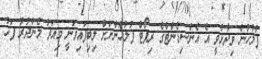
ފުލުހުން ވިދާޅުވީ އެ އެންސިޑެންޓްގެ ރިޕޯޓް ފުލުހުންނަށް ލިބިފައިވަނީ މިއަދު މެންދުރު ފަހު